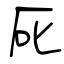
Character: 厑